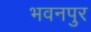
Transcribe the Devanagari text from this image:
भवनपुर